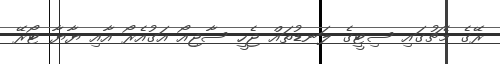
ރޭގެ މެޗުގައި ސިޓީގެ ލަނޑުތައް ޖެހީ ސާޖިއޯ އަގުއެރޯ އާއި ޔާޔާ ޓޯރޭ